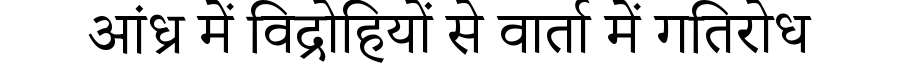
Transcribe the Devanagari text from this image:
आंध्र में विद्रोहियों से वार्ता में गतिरोध